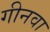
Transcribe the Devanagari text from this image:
गीनवा